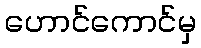
ဟောင်ကောင်မှ